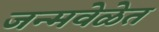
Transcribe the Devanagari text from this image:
जन्मवेळेत